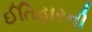
ઈતિહારની